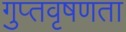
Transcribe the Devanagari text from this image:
गुप्‍तवृषणता